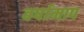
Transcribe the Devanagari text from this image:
वर्षामाप